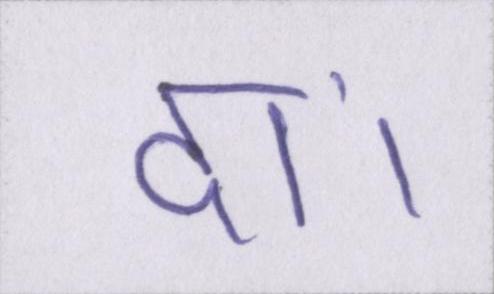
दां।